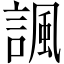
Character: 諷